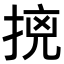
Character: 𭡛